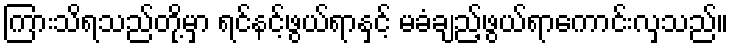
ကြားသိရသည်တို့မှာ ရင်နင့်ဖွယ်ရာနှင့် မခံချည့်ဖွယ်ရာကောင်းလှသည်။